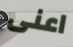
اعنى